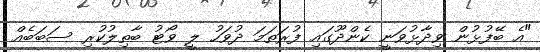
"އެ ބޭފުޅުން ވިދާޅުވަނީ ކެންދޫގައި ފުރަތަމަ ދުވަހު ލީ ވޯޓު ބާތިލުކުރި ސަބަބެއް